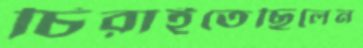
চিরাইতেছিলেন